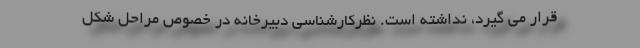
قرار می گیرد، نداشته است. نظرکارشناسی دبیرخانه در خصوص مراحل شکل